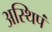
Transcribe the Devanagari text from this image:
अस्थिपं